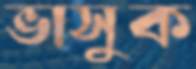
ভাসুক